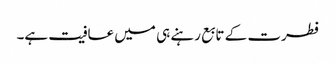
فطرت کے تابع رہنے ہی میں عافیت ہے۔